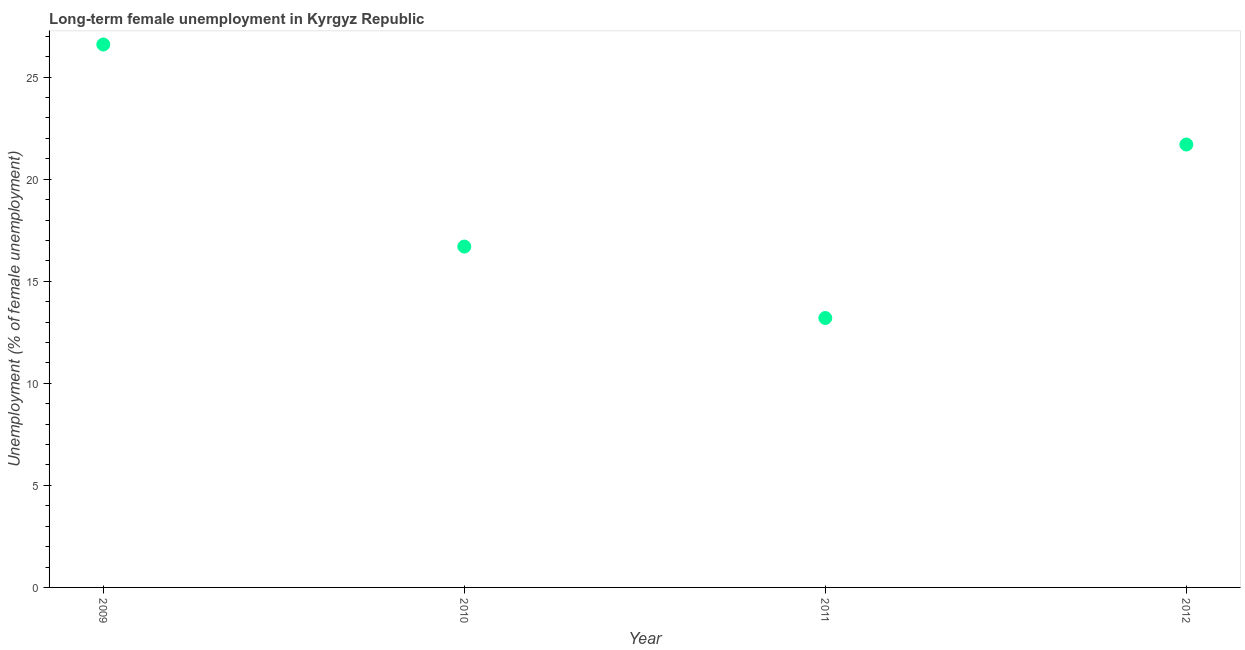
| Year | Long-term unemployment female |
 | --- | --- |
 | 2009 | 26.6 |
 | 2010 | 16.7 |
 | 2011 | 13.2 |
 | 2012 | 21.7 |